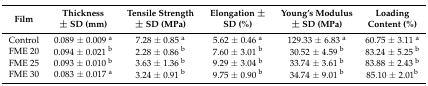
| Film | Thickness± SD (mm) | Tensile Strength± SD (MPa) | Elongation ± SD (%) | Young’s Modulus ± SD (MPa) | Loading Content (%) |
 | --- | --- | --- | --- | --- | --- |
 | Control | 0.089 ± 0.009 a | 7.28 ± 0.85 a | 5.62 ± 0.46 a | 129.33 ± 6.83 a | 60.75 ± 3.11 a |
 | FME 20 | 0.094 ± 0.021 b | 2.28 ± 0.86 b | 7.60 ± 3.01 b | 30.52 ± 4.59 b | 83.24 ± 5.25 b |
 | FME 25 | 0.093 ± 0.010 b | 3.63 ± 1.36 b | 9.29 ± 3.04 b | 33.74 ± 3.61 b | 83.88 ± 2.43 b |
 | FME 30 | 0.083 ± 0.017 a | 3.24 ± 0.91 b | 9.75 ± 0.90 b | 34.74 ± 9.01 b | 85.10 ± 2.01b |